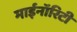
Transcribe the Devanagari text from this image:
माईनॉरिटी